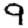
Digit: 9